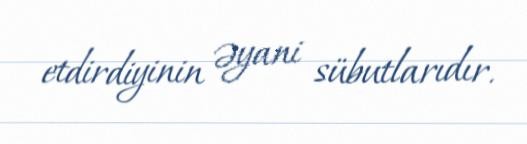
etdirdiyinin əyani sübutlarıdır.